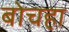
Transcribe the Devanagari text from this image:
बोचहा